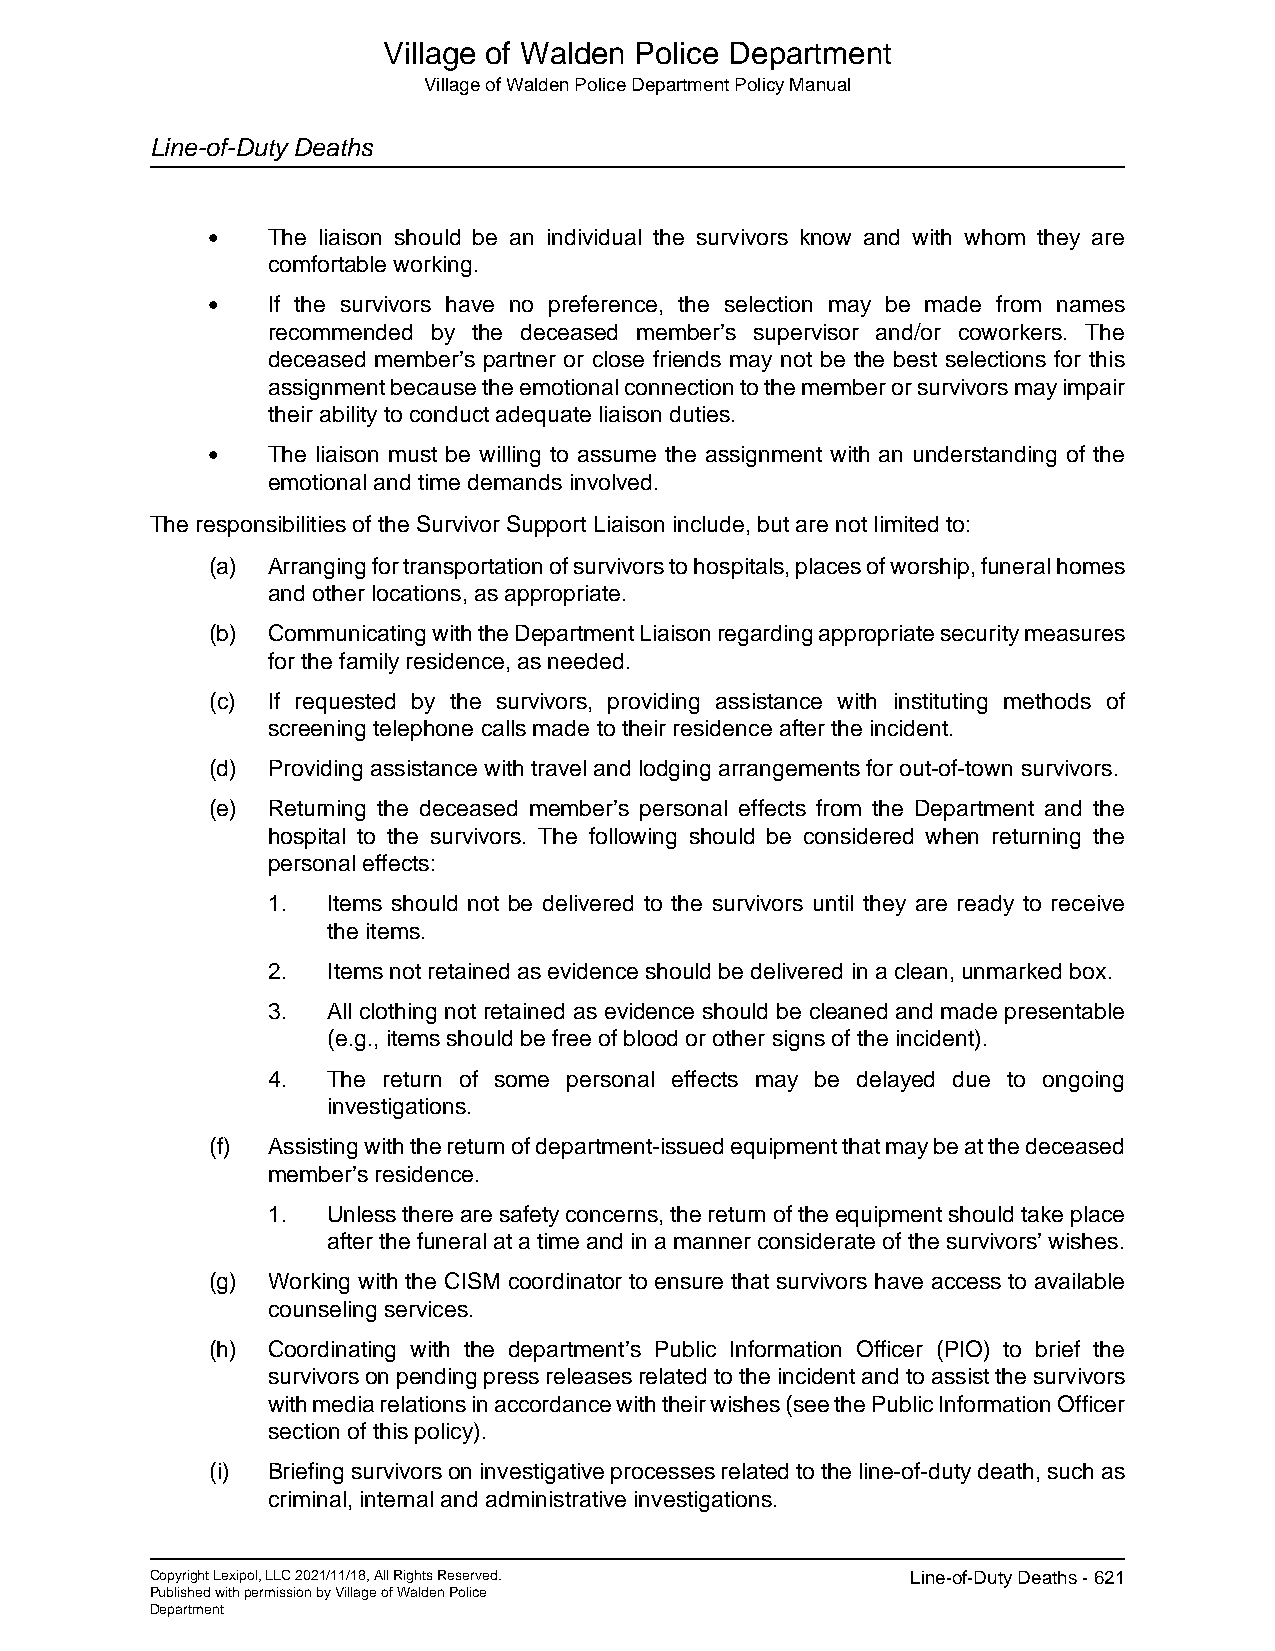
Village of Walden Police Department
 Village of Walden Police Department Policy Manual
 Line-of-Duty Deaths
 •   The liaison should be an individual the survivors know and with whom they are
 comfortable working.
 •   If the survivors have no preference, the selection may be made from names
 recommended by the deceased member’s supervisor and/or coworkers. The
 deceased member’s partner or close friends may not be the best selections for this
 assignment because the emotional connection to the member or survivors may impair
 their ability to conduct adequate liaison duties.
 •   The liaison must be willing to assume the assignment with an understanding of the
 emotional and time demands involved.
 The responsibilities of the Survivor Support Liaison include, but are not limited to:
 (a) Arranging for transportation of survivors to hospitals, places of worship, funeral homes
 and other locations, as appropriate.
 (b) Communicating with the Department Liaison regarding appropriate security measures
 for the family residence, as needed.
 (c) If requested by the survivors, providing assistance with instituting methods of
 screening telephone calls made to their residence after the incident.
 (d) Providing assistance with travel and lodging arrangements for out-of-town survivors.
 (e) Returning the deceased member’s personal effects from the Department and the
 hospital to the survivors. The following should be considered when returning the
 personal effects:
 1.  Items should not be delivered to the survivors until they are ready to receive
 the items.
 2.  Items not retained as evidence should be delivered in a clean, unmarked box.
 3.  All clothing not retained as evidence should be cleaned and made presentable
 (e.g., items should be free of blood or other signs of the incident).
 4.  The return of some personal effects may be delayed due to ongoing
 investigations.
 (f) Assisting with the return of department-issued equipment that may be at the deceased
 member’s residence.
 1.  Unless there are safety concerns, the return of the equipment should take place
 after the funeral at a time and in a manner considerate of the survivors’ wishes.
 (g) Working with the CISM coordinator to ensure that survivors have access to available
 counseling services.
 (h) Coordinating with the department’s Public Information Officer (PIO) to brief the
 survivors on pending press releases related to the incident and to assist the survivors
 with media relations in accordance with their wishes (see the Public Information Officer
 section of this policy).
 (i) Briefing survivors on investigative processes related to the line-of-duty death, such as
 criminal, internal and administrative investigations.
 Copyright Lexipol, LLC 2021/11/18, All Rights Reserved. Line-of-Duty Deaths - 621
 Published with permission by Village of Walden Police
 Department